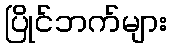
ပြိုင်ဘက်များ